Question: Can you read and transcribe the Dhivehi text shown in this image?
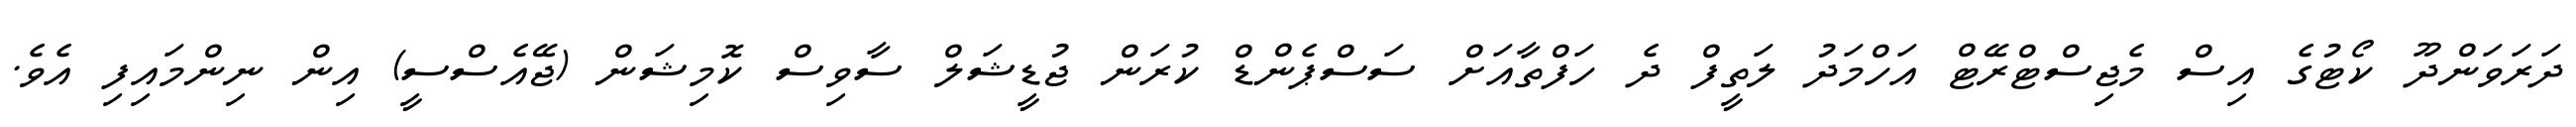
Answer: ދަރަވަންދޫ ކޯޓުގެ އިސް މެޖިސްޓްރޭޓް އަހްމަދު ލަތީފް ދެ ހަފްތާއަށް ސަސްޕެންޑް ކުރަން ޖުޑީޝަލް ސާވިސް ކޮމިޝަން (ޖޭއެސްސީ) އިން ނިންމައިފި އެވެ.